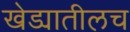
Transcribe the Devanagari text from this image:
खेड्यातीलच